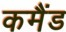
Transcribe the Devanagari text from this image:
कमैंड